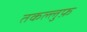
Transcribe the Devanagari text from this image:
तकल्लुफ़